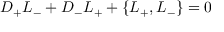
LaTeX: D _ { + } { \cal L } _ { - } + D _ { - } { \cal L } _ { + } + \{ { \cal L } _ { + } , { \cal L } _ { - } \} = 0